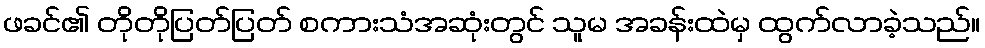
ဖခင်၏ တိုတိုပြတ်ပြတ် စကားသံအဆုံးတွင် သူမ အခန်းထဲမှ ထွက်လာခဲ့သည်။